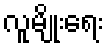
လူမျိုးရေး